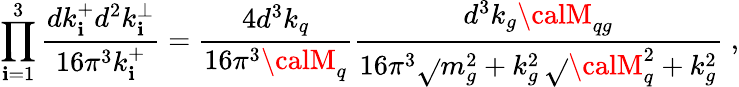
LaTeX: \prod_{\mathbf{i}=1}^{3}{\frac{{dk_{\mathbf{i}}^{+}d^{2}k_{\mathbf{i}}^{\perp}}}{{16\pi^{3}k_{\mathbf{i}}^{+}}}}={\frac{{4d^{3}k_{q}}}{{16\pi^{3}{\calM}_{q}}}}{\frac{{d^{3}k_{g}{\calM}_{qg}}}{{16\pi^{3}\sqrt{}{{m_{g}^{2}+k_{g}^{2}}}\, \sqrt{}{{{\calM}_{q}^{2}+k_{g}^{2}}}}}}\; ,